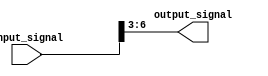
module part_select_assign(
    input [7:0] input_signal,
    output reg [3:0] output_signal
);

always @(*) begin
    output_signal = input_signal[6:3]; // Select bits 6 to 3 from input_signal and assign them to output_signal
end

endmodule